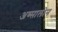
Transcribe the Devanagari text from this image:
अब्सालोन